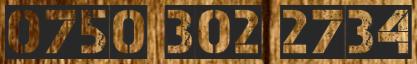
0750 302 2734